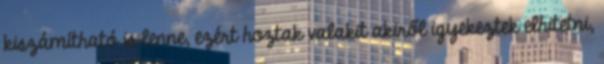
kiszámítható is lenne, ezért hoztak valakit akiről igyekeztek elhitetni,